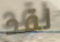
لقد